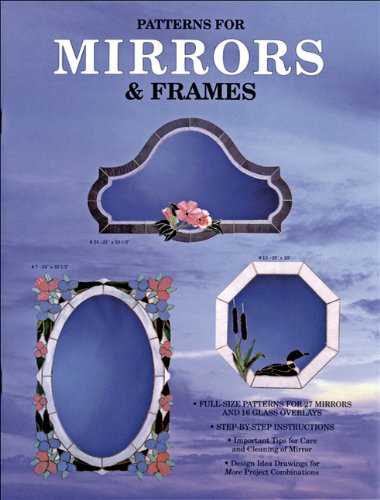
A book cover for Mirrors & Frames - 27 Patterns for Stained Glass Mirrors; Randy Wardell; Crafts, Hobbies & Home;